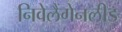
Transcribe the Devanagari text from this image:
निवेलैंगेनलीड